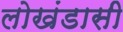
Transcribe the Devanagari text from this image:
लोखंडासी